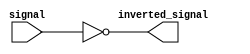
module inverter(
    input wire signal,
    output wire inverted_signal
);

assign inverted_signal = ~signal;

endmodule